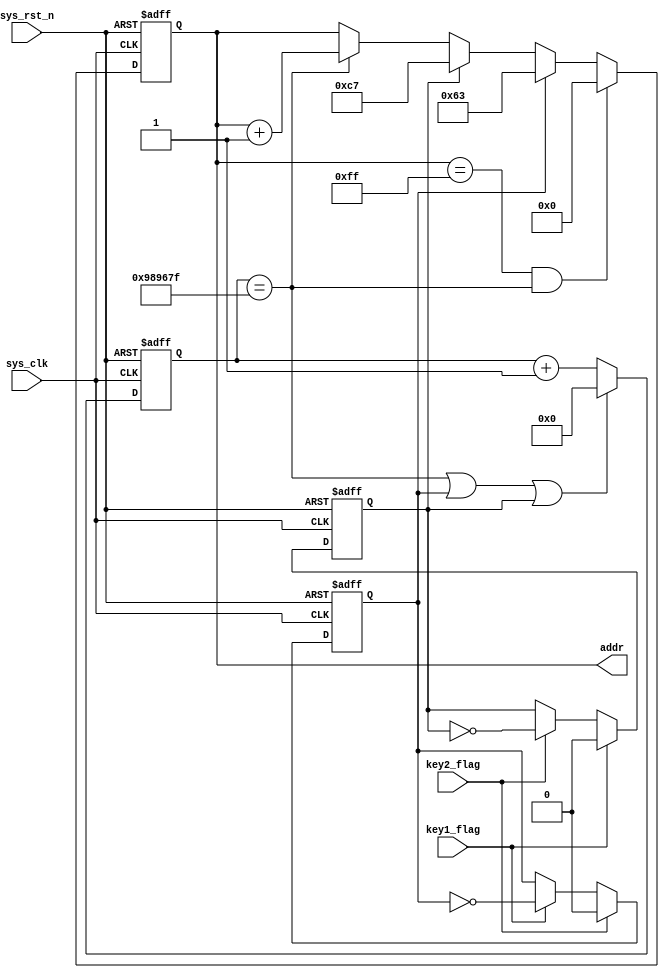
module rom_ctrl
#(  parameter   CNT_200MAX = 24'd9_999_999
)
(
    input       wire        sys_clk,
    input       wire        sys_rst_n,
    input       wire        key1_flag,
    input       wire        key2_flag,
    
    output      reg [7:0]   addr
);

reg     [23:0]  cnt_200ms;
reg             key1_en;
reg             key2_en;

always@(posedge sys_clk or negedge sys_rst_n)
    if(sys_rst_n == 1'b0)
        cnt_200ms <= 24'd0;
    else if((cnt_200ms == CNT_200MAX)||(key1_en == 1'b1) || (key2_en == 1'b1))
        cnt_200ms <= 24'd0;
    else
        cnt_200ms <= cnt_200ms + 24'd1;
        
always@(posedge sys_clk or negedge sys_rst_n)
    if(sys_rst_n == 1'b0)
        key1_en <= 1'b0;
    else if(key2_flag == 1'b1)
        key1_en <= 1'b0;
    else if(key1_flag == 1'b1)
        key1_en <= ~key1_en;
    else
        key1_en <= key1_en;
        
always@(posedge sys_clk or negedge sys_rst_n)
    if(sys_rst_n == 1'b0)
        key2_en <= 1'b0;
    else if(key1_flag == 1'b1)
        key2_en <= 1'b0;
    else if(key2_flag == 1'b1)
        key2_en <= ~key2_en;
    else
        key2_en <= key2_en;
        
always@(posedge sys_clk or negedge sys_rst_n)
    if(sys_rst_n == 1'b0)
        addr <= 8'd0;
    else if((addr == 8'd255)&&(cnt_200ms == CNT_200MAX))
        addr <= 8'd0;
    else if(key1_en == 1'b1)
        addr <= 8'd99;
    else if(key2_en == 1'b1)
        addr <= 8'd199;
    else if(cnt_200ms == CNT_200MAX)
        addr <= addr+8'd1;
    else
        addr <= addr;
endmodule